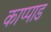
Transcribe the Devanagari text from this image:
काप्पाड